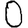
Digit: 0